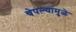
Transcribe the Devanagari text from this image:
चेपल्यामुळे